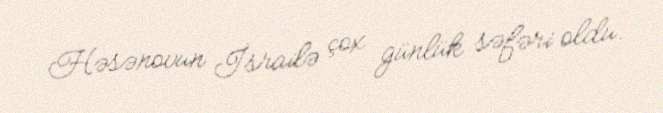
Həsənovun İsrailə çox günlük səfəri oldu.